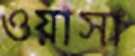
ওয়াসা